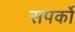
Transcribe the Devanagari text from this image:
सपर्को